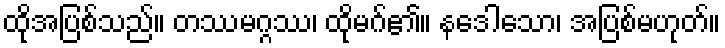
ထိုအပြစ်သည်။ တဿမဂ္ဂဿ၊ ထိုမဂ်၏။ နဒေါသော၊ အပြစ်မဟုတ်။